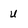
Character: U